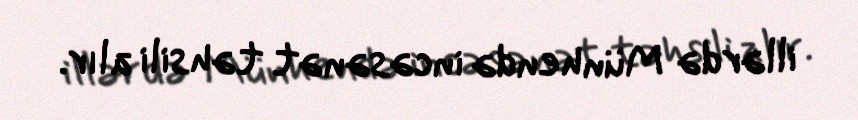
illərdə Münhendə incəsənət təhsili alır.